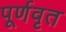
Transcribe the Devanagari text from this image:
पूर्णवृत